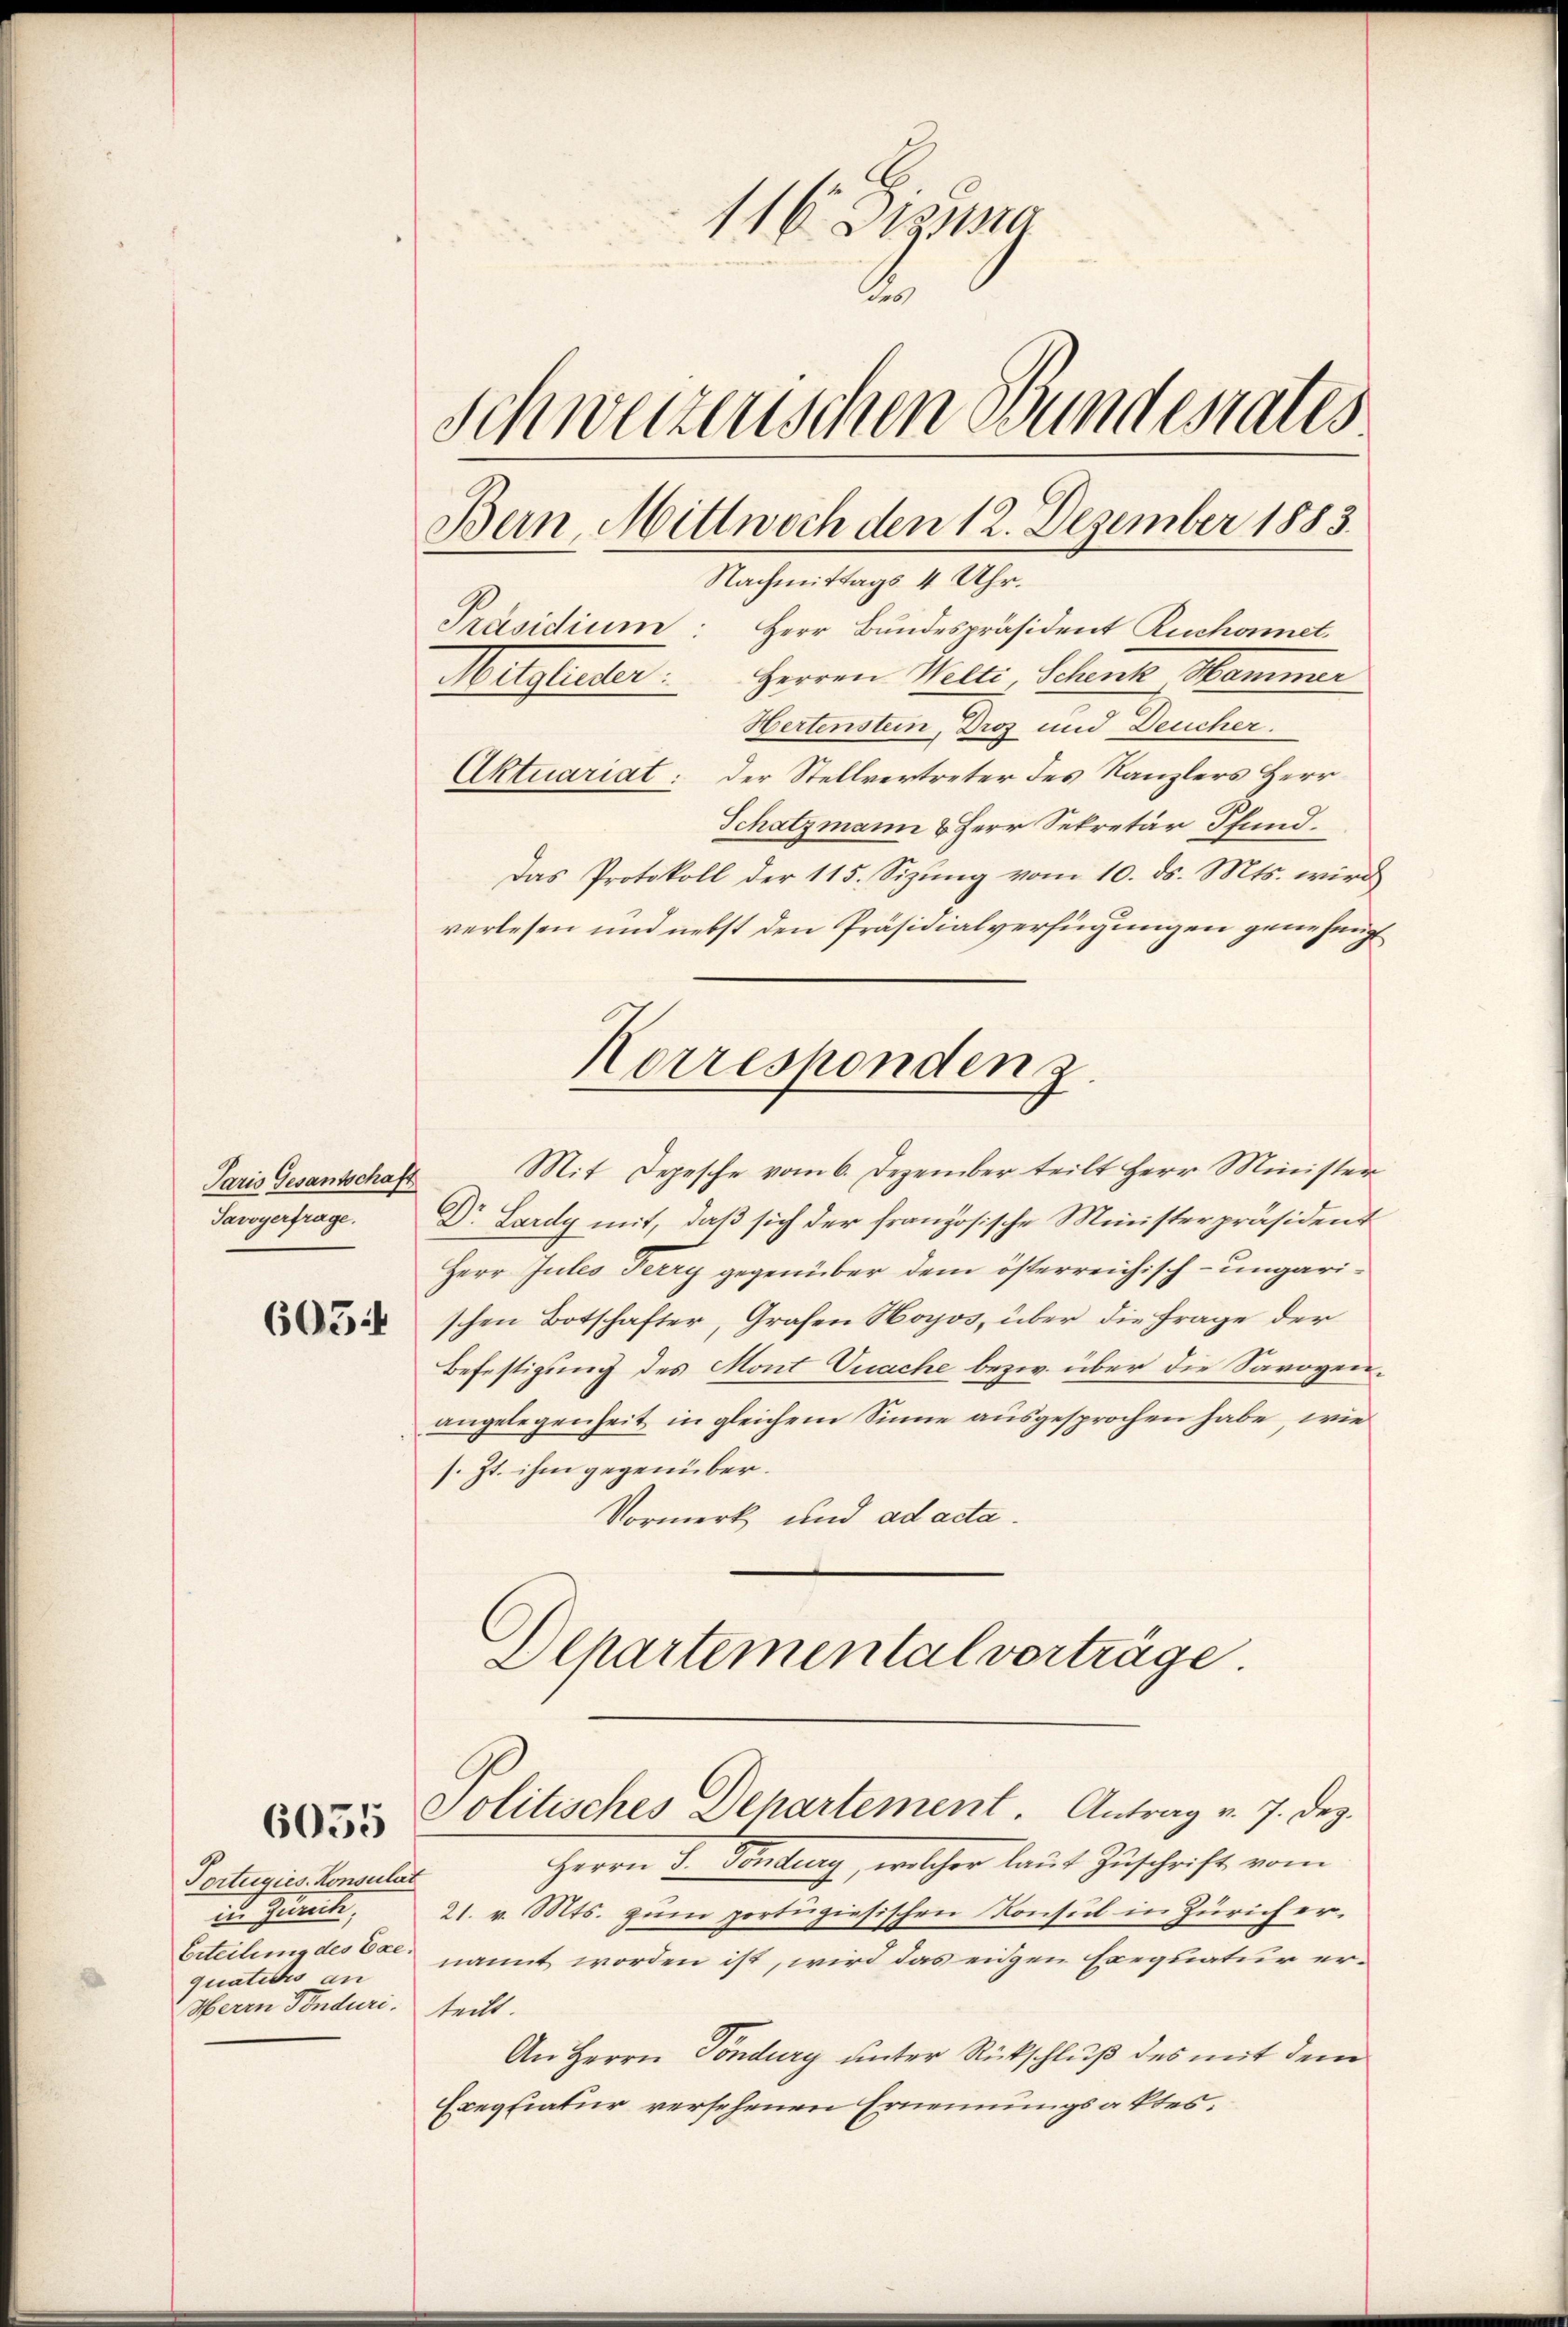
Paris Gesantschaft
Savoyerfrage.

6054

6055

Portugies. Konsulat
in Guncte,
quaticis an
Herrn Ponduri.

116. Digna
de
Schweizerischen Bunderates
Bern, Mittwoch den 12. Dezember 1883.
Nachmittags 4 Uhr.
Präsidium: Herr Bundespräsident Ruchonnet,
Mulgleiter.   Herren Welti, Schenk Hammer
Hertenstein, Droz und Deucher.
Aktuariat: Der Stellvertreter des Kanzlers Herr

Schatzmann & Herr Sekretär Pfund
Das Protokoll der 115. Sizung vom 10. ds. Mts. wird
verlesen und nebst den Präsidialverfügungen genehmigt
Mit Depesche vom 6. Dezember teilt Herr Minister
Dr. Lardy mit, daβ sich der französische Ministerpräsident
Herr Jules Ferry gegenüber dem österreichisch-ungarischen Botschafter, Grafen Hoyos, über die Frage der
Befestigung des Mont nache bezw. über die Savoyen.
angelegenheit in gleichem Sinne ausgesprochen habe, wie
s. Zt. ihm gegenüber.
Vormerk und ad acta.
Departemental vorträge

Korreshonden 2.

Politisches Departement. Antrag v. 7. Dez.

Herrn Dr. Santung, welcher laut Zuschrift vom
21. v. Mts. zum portugiesischen Konsul in Zürich er¬
Erteilung des Ese nannt worden ist, wird das eiden Exequatur erteilt.
An Herrn Töndury unter Rückschluß des mit dem
Exegiatur versehenen Ernennungsaktes.